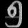
Digit: ၅